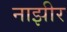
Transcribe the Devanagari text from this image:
नाझीर